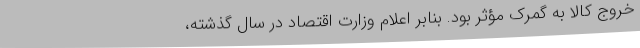
خروج کالا به گمرک مؤثر بود. بنابر اعلام وزارت اقتصاد در سال گذشته،